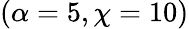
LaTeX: (\alpha=5,\chi=10)